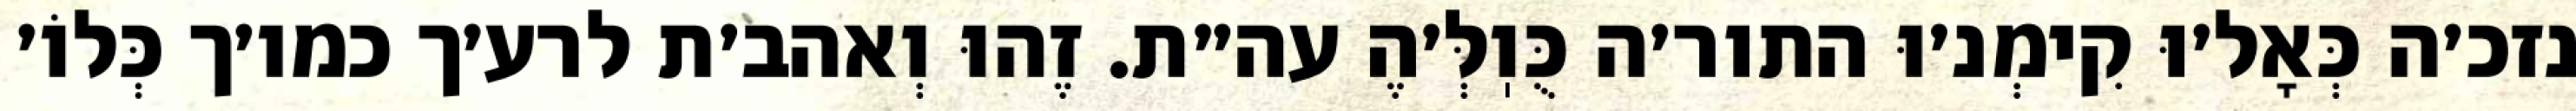
נזכ׳ה כְּאָל׳וּ קִימְנ׳וּ התור׳ה כֻּוֽלְּ׳הֶ עה״ת. זֶהוּ וְאהב׳ת לרע׳ך כמו׳ך כְּלוֹ׳